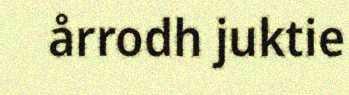
årrodh juktie